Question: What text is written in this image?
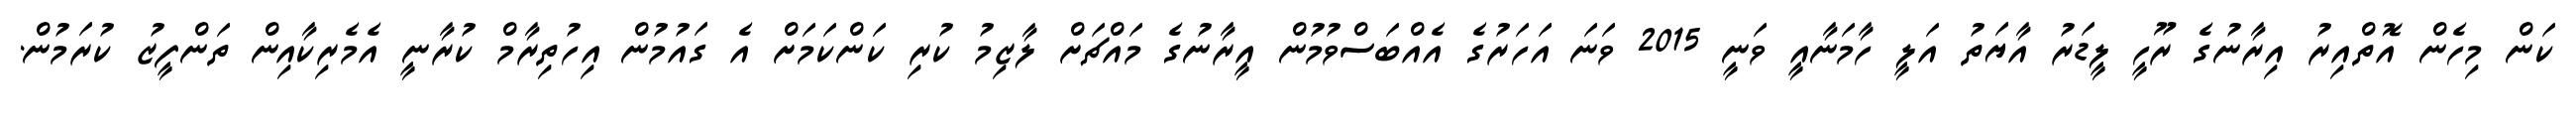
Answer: ކަން މިހެން އޮތްއިރު އިރާނުގެ ރޫހީ ލީޑަރު އާޔަތު އަލީ ހާމަނާއީ ވަނީ 2015 ވަނަ އަހަރުގެ އެއްބަސްވުމުން އީރާނުގެ މައްޗަށް ލާޒިމު ކުރި ކަންކަމަށް އެ ގައުމުން އިހުތިރާމް ކުރާނީ އެމެރިކާއިން ތަންފީޒު ކުރަމުން.